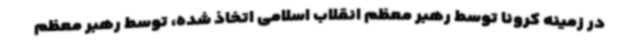
در زمینه کرونا توسط رهبر معظم انقلاب اسلامی اتخاذ شده، توسط رهبر معظم